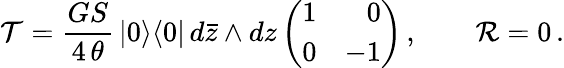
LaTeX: {\cal T}=\frac{GS}{4\, \theta}\, |0\rangle\langle 0|\, d\bar{z}\wedge dz\left(\begin{array}{rr}{{1}}&{{0}}\\ {{0}}&{{-1}}\end{array}\right)\, ,\qquad{\cal R}=0\, .